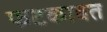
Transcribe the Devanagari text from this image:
फटकावत